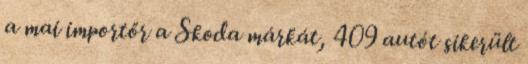
a mai importőr a Skoda márkát, 409 autót sikerült